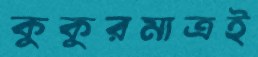
কুকুরমাত্রই